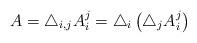
LaTeX: \begin{align*}A = \bigtriangleup_{i, j} A_i^j = \bigtriangleup_{i} \left(\bigtriangleup_{j} A_i^j\right)\end{align*}